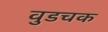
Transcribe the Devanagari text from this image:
वुडचक